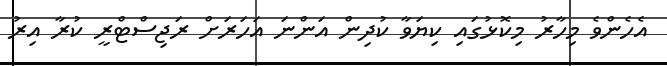
އެހެންވެ މިހާރު މިކޮޅުގައި ކިޔަވާ ކުދިން އަންނަ އަހަރަށް ރަޖިސްޓްރީ ކުރާ އިރު